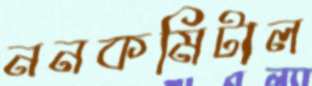
ননকমিটাল